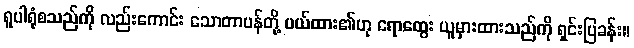
ရူပါရုံစသည်ကို လည်းကောင်း သောတာပန်တို့ ပယ်ထား၏ဟု ရောထွေး ယူမှားထားသည်ကို ရှင်းပြခန်း။